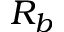
R _ { b }